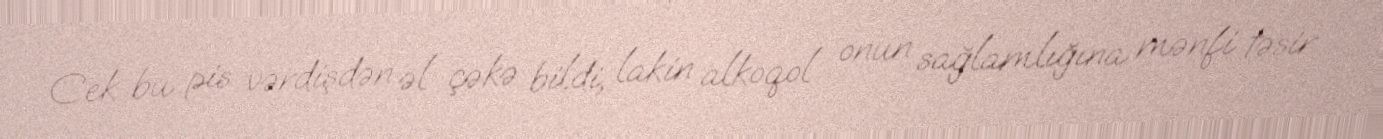
Cek bu pis vərdişdən əl çəkə bildi, lakin alkoqol onun sağlamlığına mənfi təsir